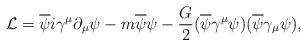
LaTeX: \begin{align*}{\cal L} = \overline{\psi}i\gamma^{\mu}\partial_{\mu}\psi - m\overline{\psi}\psi -\frac{G}{2}(\overline{\psi}\gamma^{\mu}\psi)(\overline{\psi}\gamma_{\mu}\psi),\end{align*}